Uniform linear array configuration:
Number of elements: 32
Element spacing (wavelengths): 0.75
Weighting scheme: cosine
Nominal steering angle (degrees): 15
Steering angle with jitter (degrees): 16.873
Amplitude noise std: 0.05
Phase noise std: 0.05

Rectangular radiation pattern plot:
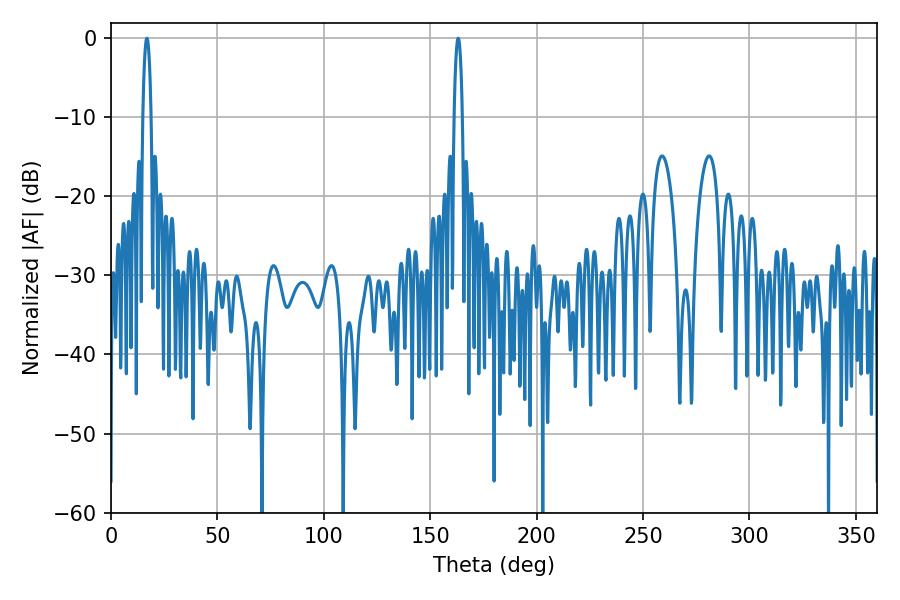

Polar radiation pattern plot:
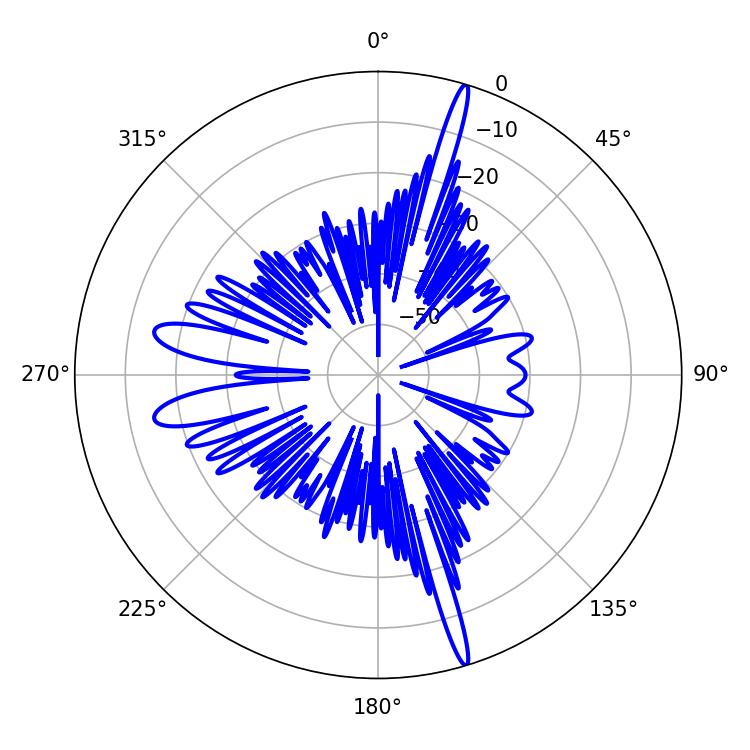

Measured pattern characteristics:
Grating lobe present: TRUE
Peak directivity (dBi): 20.807
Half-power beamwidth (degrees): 2.16
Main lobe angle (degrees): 16.92